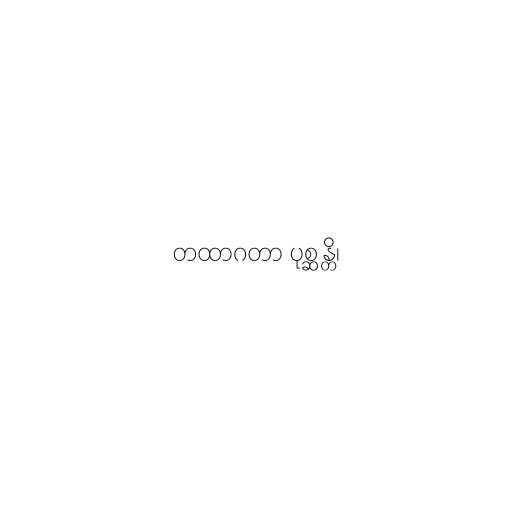
တထာဂတာ ပုစ္ဆန္တိ၊